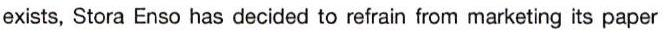
exists, Stora Enso has decided to refrain from marketing its paper